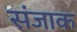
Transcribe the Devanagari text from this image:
संजाक